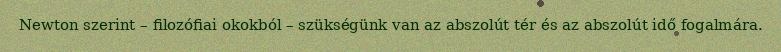
Newton szerint – filozófiai okokból – szükségünk van az abszolút tér és az abszolút idő fogalmára.